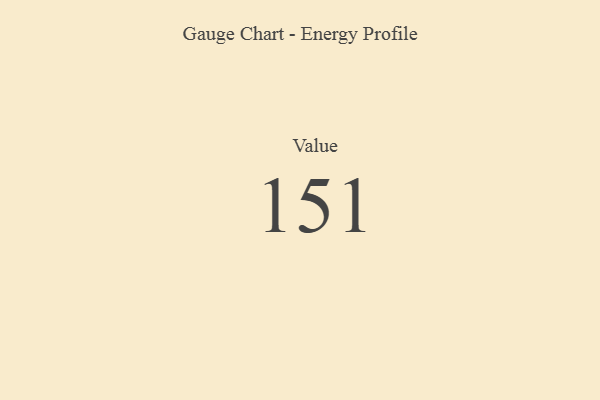
{"axis": {"x": "Metric", "y": "Value"}, "legend": [""], "data": [{"x": "Value", "y": 151, "type": ""}]}